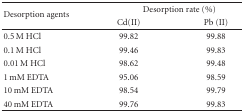
| <ROWSPAN=2> Desorption agents | <COLSPAN=2> Desorption rate (%) |
 | Cd(II) | Pb (II) |
 | --- | --- | --- |
 | 0.5 M HCl | 99.82 | 99.88 |
 | 0.1 M HCl | 99.46 | 99.83 |
 | 0.01 M HCl | 98.62 | 99.48 |
 | 1 mM EDTA | 95.06 | 98.59 |
 | 10 mM EDTA | 98.54 | 99.79 |
 | 40 mM EDTA | 99.76 | 99.83 |